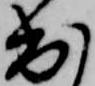
出